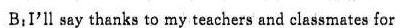
B： I'll say thanks to my teachers and classmates for